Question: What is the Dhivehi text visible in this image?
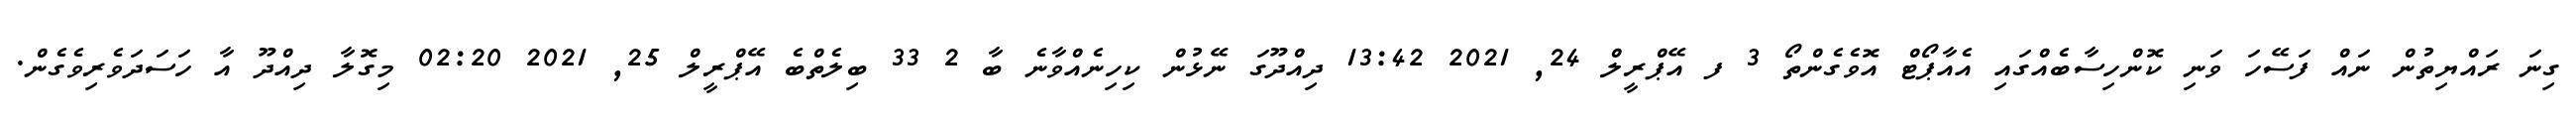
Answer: ގިނަ ރައްޔިތުން ނައް ފަސޭހަ ވަނި ކޮންހިސާބެއްގައި އެއާޕޯޓް އޮވެގެންތޯ 3 ފ އޭޕްރީލް 24, 2021 13:42 ދިއްދޫގަ ނޭޅުން ކިހިނެއްވާނެ ބާ 2 33 ބިލެތްބެ އޭޕްރީލް 25, 2021 02:20 މިގޮލާ ދިއްދޫ އާ ހަސަދަވެރިވެގެން.